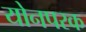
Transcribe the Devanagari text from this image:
योनपरक